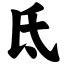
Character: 氐